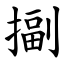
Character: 㨽